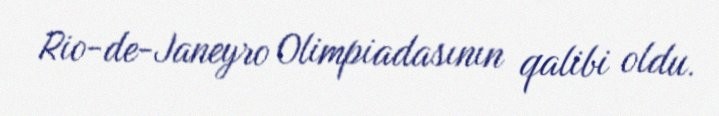
Rio-de-Janeyro Olimpiadasının qalibi oldu.